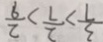
\frac { 3 } { 7 } > \frac { 2 } { 7 } > \frac { 2 } { 9 }